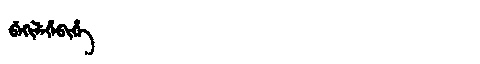
Manchu: ᠪᡝᡴᡳᠯᡝᡥᡝᠪᡳᡥᡝ
Romanization: BEKILEHEBIHE